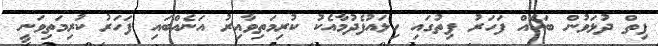
ފިތް ދުޅަވުން ބައެއް ފަހަރު ފިތުގައި ހިލައުފެދުމާއެކު ކުރިމަތިވާއިރު އަނެއްބައި ފަހަރު ކުރިމަތިވަނީ